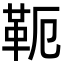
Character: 𩉴